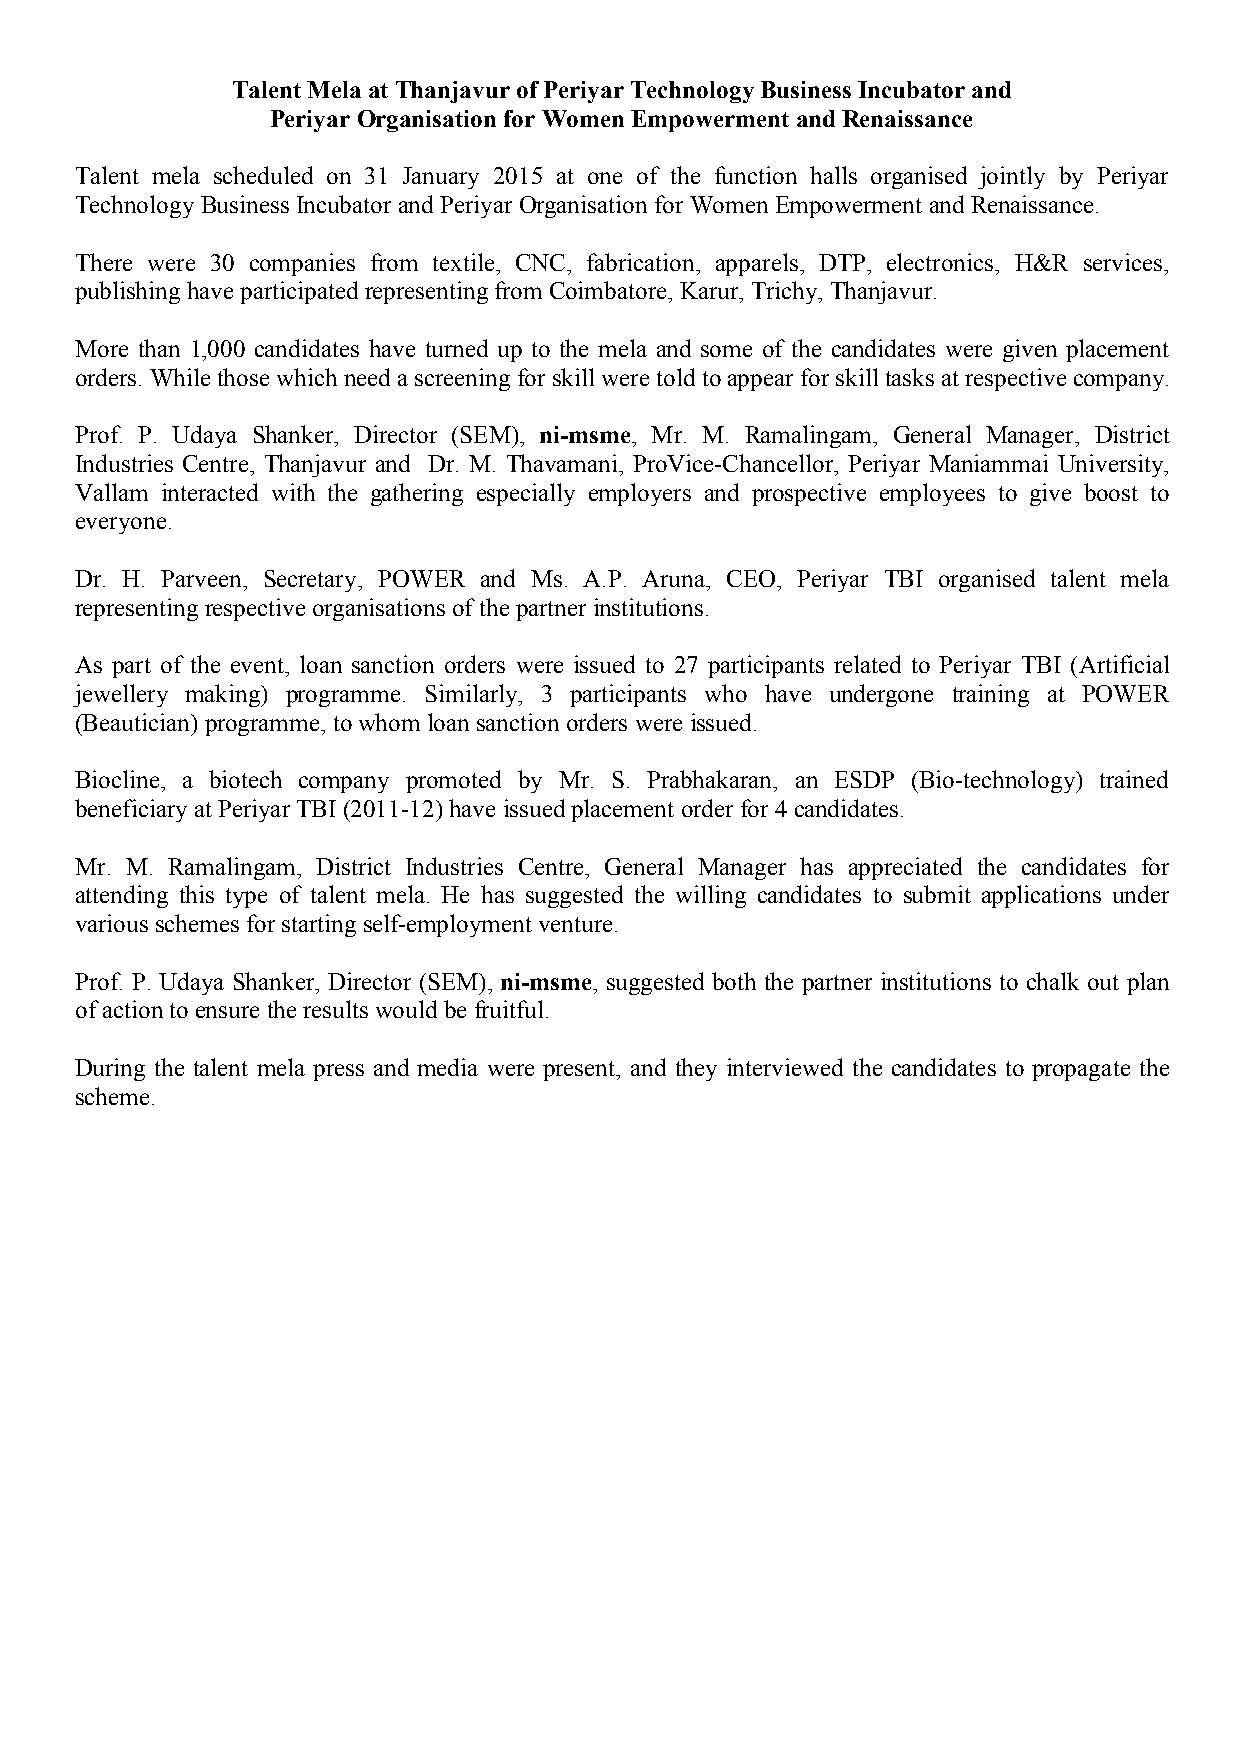
TalentMela atThanjavur ofPeriyar TechnologyBusiness Incubatorand
 Periyar OrganisationforWomen EmpowermentandRenaissance
 Talent mela scheduled on 31 January 2015 at one of the function halls organised jointly by Periyar
 Technology Business Incubator and Periyar Organisation forWomen Empowerment and Renaissance.
 There were 30 companies from textile, CNC, fabrication, apparels, DTP, electronics, H&R services,
 publishinghave participated representing from Coimbatore, Karur, Trichy, Thanjavur.
 More than 1,000 candidates have turned up to the mela and some of the candidates were given placement
 orders. Whilethosewhich need ascreening forskill were told toappear forskilltasks at respectivecompany.
 Prof. P. Udaya Shanker, Director (SEM), ni-msme, Mr. M. Ramalingam, General Manager, District
 Industries Centre, Thanjavur and Dr. M. Thavamani, ProVice-Chancellor, Periyar Maniammai University,
 Vallam interacted with the gathering especially employers and prospective employees to give boost to
 everyone.
 Dr. H. Parveen, Secretary, POWER and Ms. A.P. Aruna, CEO, Periyar TBI organised talent mela
 representing respectiveorganisations of thepartner institutions.
 As part of the event, loan sanction orders were issued to 27 participants related to Periyar TBI (Artificial
 jewellery making) programme. Similarly, 3 participants who have undergone training at POWER
 (Beautician) programme, towhom loan sanction orders were issued.
 Biocline, a biotech company promoted by Mr. S. Prabhakaran, an ESDP (Bio-technology) trained
 beneficiary at Periyar TBI (2011-12)have issued placement order for 4candidates.
 Mr. M. Ramalingam, District Industries Centre, General Manager has appreciated the candidates for
 attending this type of talent mela. He has suggested the willing candidates to submit applications under
 various schemes for starting self-employment venture.
 Prof. P. Udaya Shanker, Director (SEM), ni-msme, suggested both the partner institutions to chalk out plan
 ofaction to ensure theresults would befruitful.
 During the talent mela press and media were present, and they interviewed the candidates to propagate the
 scheme.